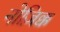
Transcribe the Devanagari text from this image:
नोज़िक्क